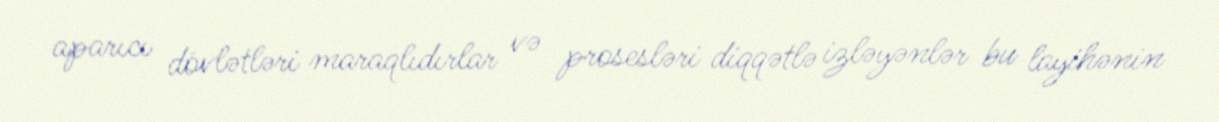
aparıcı dövlətləri maraqlıdırlar və prosesləri diqqətlə izləyənlər bu layihənin